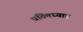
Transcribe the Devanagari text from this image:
प्रतिमध्याह्न